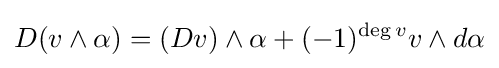
D(v\wedge \alpha )=(Dv)\wedge \alpha +(-1)^{{\text{deg}}\,v}v\wedge d\alpha